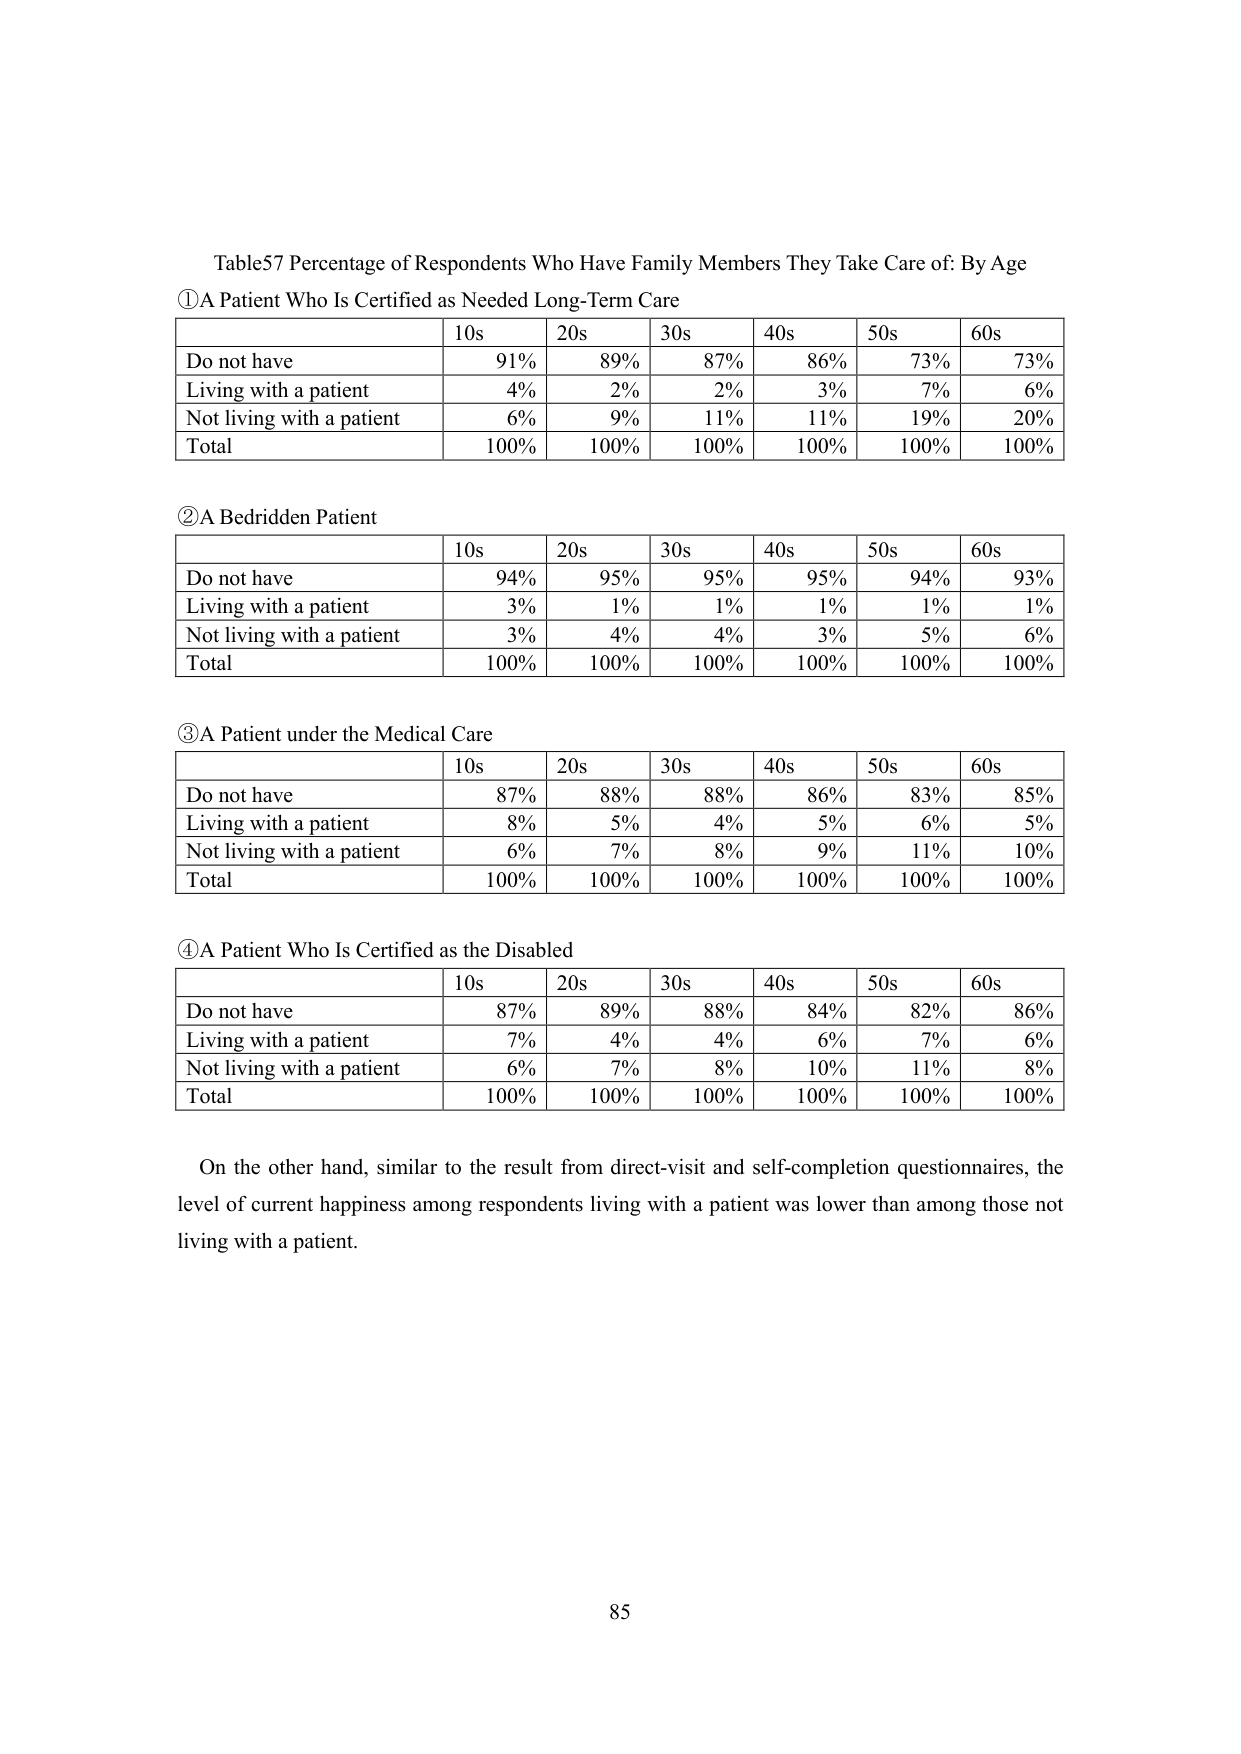
Table57 Percentage of Respondents Who Have Family Members They Take Care of: By Age
①A Patient Who Is Certified as Needed Long-Term Care
| | 10s | 20s | 30s | 40s | 50s | 60s |
|---|---|---|---|---|---|---|
| Do not have | 91% | 89% | 87% | 86% | 73% | 73% |
| Living with a patient | 4% | 2% | 2% | 3% | 7% | 6% |
| Not living with a patient | 6% | 9% | 11% | 11% | 19% | 20% |
| Total | 100% | 100% | 100% | 100% | 100% | 100% |

②A Bedridden Patient
| | 10s | 20s | 30s | 40s | 50s | 60s |
|---|---|---|---|---|---|---|
| Do not have | 94% | 95% | 95% | 95% | 94% | 93% |
| Living with a patient | 3% | 1% | 1% | 1% | 1% | 1% |
| Not living with a patient | 3% | 4% | 4% | 3% | 5% | 6% |
| Total | 100% | 100% | 100% | 100% | 100% | 100% |

③A Patient under the Medical Care
| | 10s | 20s | 30s | 40s | 50s | 60s |
|---|---|---|---|---|---|---|
| Do not have | 87% | 88% | 88% | 86% | 83% | 85% |
| Living with a patient | 8% | 5% | 4% | 5% | 6% | 5% |
| Not living with a patient | 6% | 7% | 8% | 9% | 11% | 10% |
| Total | 100% | 100% | 100% | 100% | 100% | 100% |

④A Patient Who Is Certified as the Disabled
| | 10s | 20s | 30s | 40s | 50s | 60s |
|---|---|---|---|---|---|---|
| Do not have | 87% | 89% | 88% | 84% | 82% | 86% |
| Living with a patient | 7% | 4% | 4% | 6% | 7% | 6% |
| Not living with a patient | 6% | 7% | 8% | 10% | 11% | 8% |
| Total | 100% | 100% | 100% | 100% | 100% | 100% |

On the other hand, similar to the result from direct-visit and self-completion questionnaires, the level of current happiness among respondents living with a patient was lower than among those not living with a patient.
85